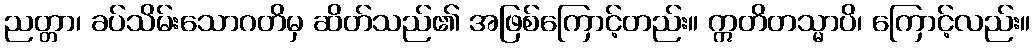
ညတ္တာ၊ ခပ်သိမ်းသောဂတိမှ ဆိတ်သည်၏ အဖြစ်ကြောင့်တည်း။ ဣတိတသ္မာပိ၊ ကြောင့်လည်း။